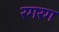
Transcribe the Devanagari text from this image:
रगरग